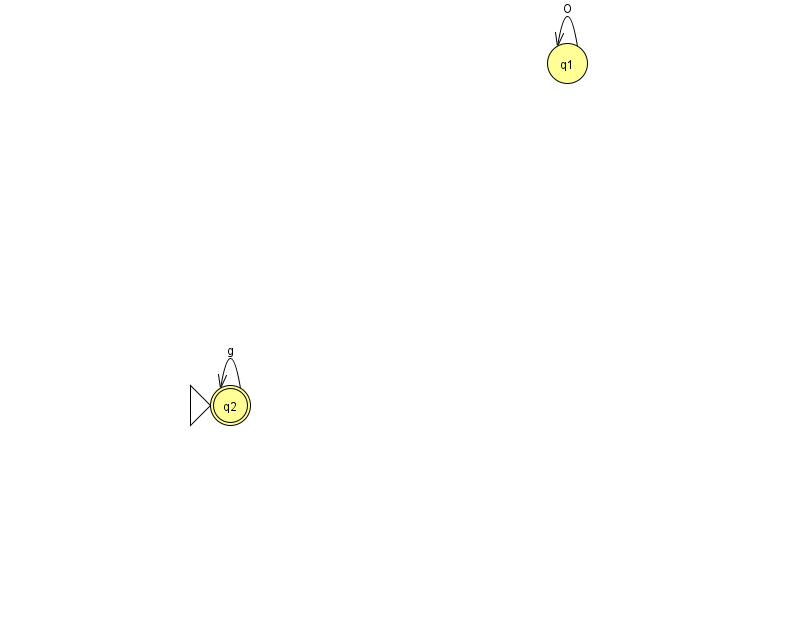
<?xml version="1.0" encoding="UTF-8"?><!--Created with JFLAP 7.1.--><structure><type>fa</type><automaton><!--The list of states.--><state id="1" name="q1"><x>567.0</x><y>50.0</y></state><state id="2" name="q2"><x>230.0</x><y>392.0</y><initial/><final/></state><!--The list of transitions.--><transition><from>2</from><to>2</to><read>g</read></transition><transition><from>1</from><to>1</to><read>O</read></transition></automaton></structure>